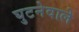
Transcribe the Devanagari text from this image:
घुटनेवाले